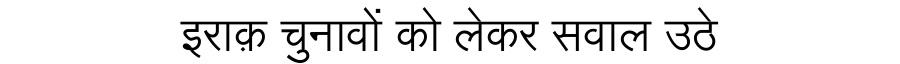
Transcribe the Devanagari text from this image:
इराक़ चुनावों को लेकर सवाल उठे